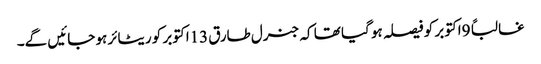
غالباً 9اکتوبر کو فیصلہ ہو گیا تھا کہ جنرل طارق 13اکتوبر کو ریٹائر ہو جائیں گے۔